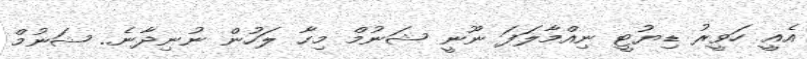
އެއީ ހަވީރު ޑިޔުޓީ ނިއްމާލަފަ ނޫނީ ޝަނުމް މިހާ ލަހުން ނުނިދާނެ.. ޝަނުމް